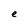
Character: e